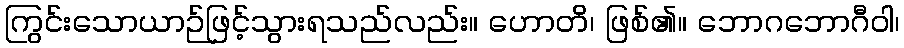
ကြွင်းသောယာဉ်ဖြင့်သွားရသည်လည်း။ ဟောတိ၊ ဖြစ်၏။ ဘောဂဘောဂီဝါ၊